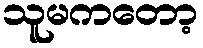
သူမကတော့